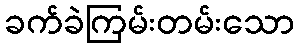
ခက်ခဲကြမ်းတမ်းသော